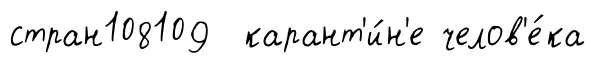
стран108109 карант'и́н'е челов'е́ка